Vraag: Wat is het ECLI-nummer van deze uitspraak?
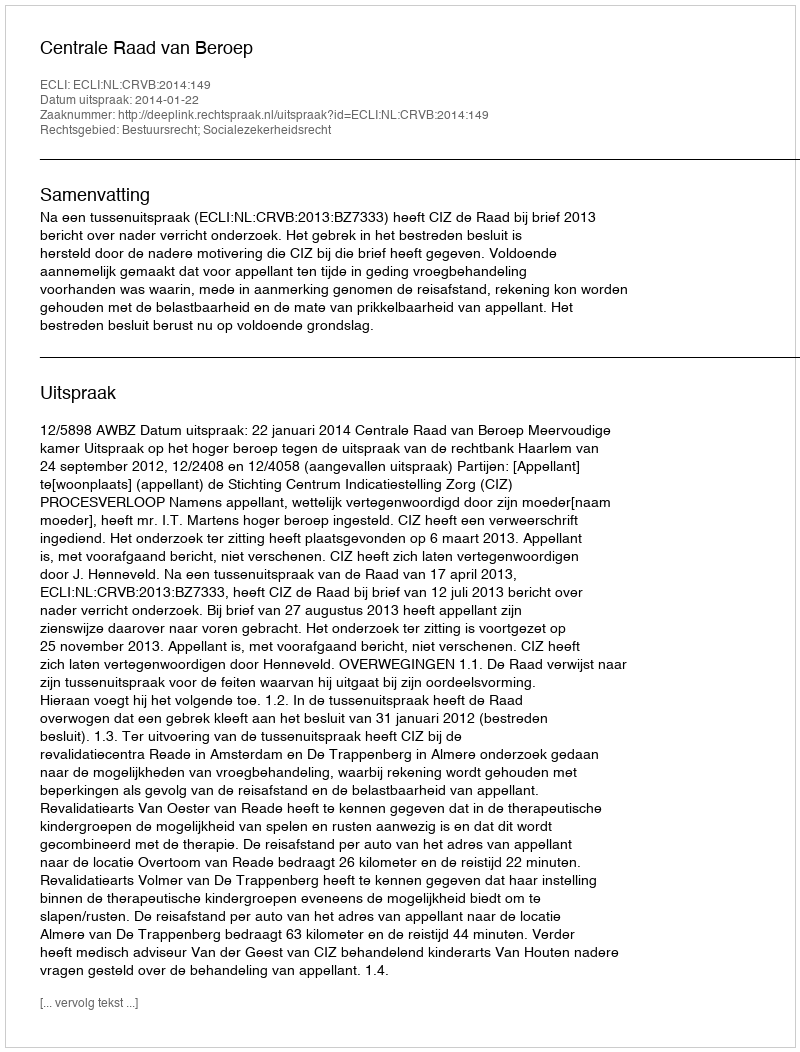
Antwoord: ECLI:NL:CRVB:2014:149